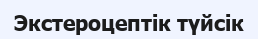
Экстероцептiк түйсік